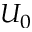
U _ { 0 }